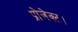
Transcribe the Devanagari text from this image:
प्रोजेक्ट।